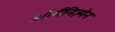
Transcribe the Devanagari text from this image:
ऑर्गैनिज़्मेन